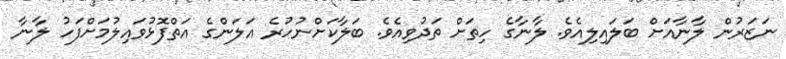
ނަޒަރުން ލާނާއަށް ބަލައިލިއެވެ. ލާނާގެ ހިތަށް ތަދުވިއެވެ. ބަލާކަށްނުހުރެ އަލަންގެ އަތްފޮޅުވައިލުމަށްފަހު ލާނާ